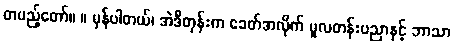
တပည့်တော်။ ။ မှန်ပါတယ်၊ အဲဒီတုန်းက ခေတ်အလိုက် မူလတန်းပညာနှင့် ဘာသာ